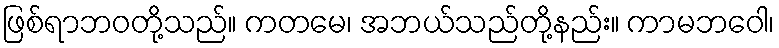
ဖြစ်ရာဘဝတို့သည်။ ကတမေ၊ အဘယ်သည်တို့နည်း။ ကာမဘဝေါ၊